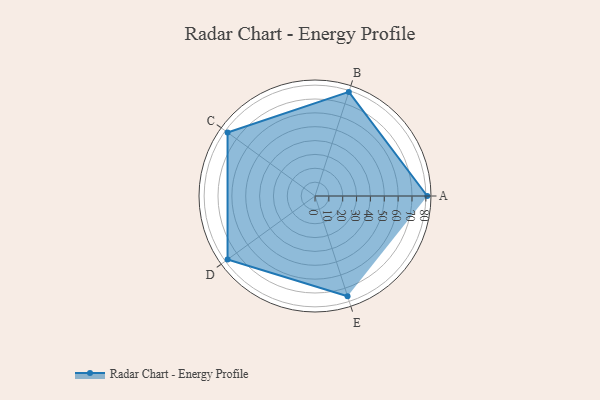
{"axis": {"x": "Skill", "y": "Score"}, "legend": ["Profile"], "data": [{"x": "A", "y": 81.0, "type": "Profile"}, {"x": "B", "y": 79.0, "type": "Profile"}, {"x": "C", "y": 78.0, "type": "Profile"}, {"x": "D", "y": 78.0, "type": "Profile"}, {"x": "E", "y": 76.0, "type": "Profile"}]}